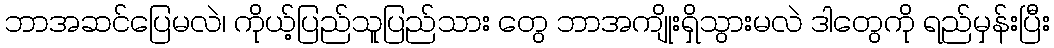
ဘာအဆင်ပြေမလဲ၊ ကိုယ့်ပြည်သူပြည်သား တွေ ဘာအကျိုးရှိသွားမလဲ ဒါတွေကို ရည်မှန်းပြီး